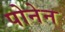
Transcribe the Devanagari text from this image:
पोनेन